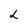
Character: L